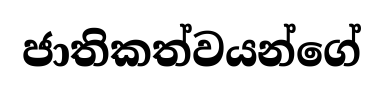
ජාතිකත්වයන්ගේ